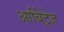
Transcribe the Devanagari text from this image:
आर्बिट्रेज